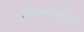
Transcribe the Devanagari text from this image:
प्रियकराविषयी